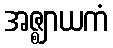
အဇ္ဈာယကံ